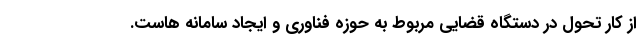
از کار تحول در دستگاه قضایی مربوط به حوزه فناوری و ایجاد سامانه ‌هاست.